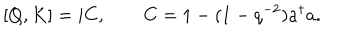
LaTeX: [ Q , K ] = i C , \qquad C = 1 - ( 1 - q ^ { - 2 } ) a ^ { \dagger } a .